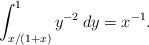
LaTeX: \begin{align*}\int_{x/(1+x)}^1 y^{-2} \: dy = x^{-1}.\end{align*}